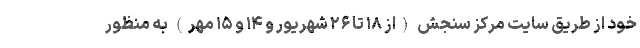
خود از طریق سایت مرکز سنجش (از ۱۸ تا ۲۶ شهریور و ۱۴ و ۱۵ مهر) به منظور